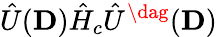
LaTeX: \hat{U}(\mathbf{D})\hat{H}_{c}\hat{U}^{\dag}(\mathbf{D})